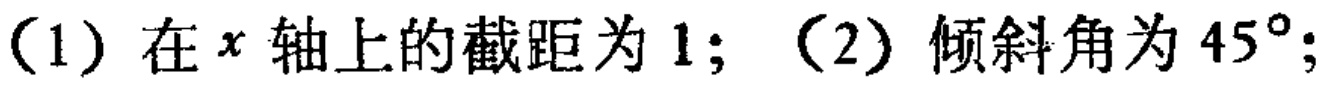
（1）在\(x\)轴上的截距为\(1\)；（2）倾斜角为\(45^{\circ}\)；